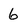
Character: 6